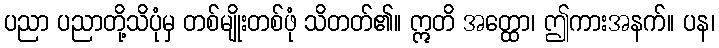
ပညာ ပညာတို့သိပုံမှ တစ်မျိုးတစ်ဖုံ သိတတ်၏။ ဣတိ အတ္ထော၊ ဤကားအနက်။ ပန၊